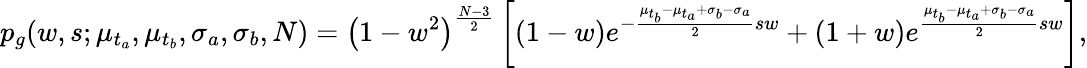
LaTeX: p_{g}(w,s;\mu_{t_{a}},\mu_{t_{b}},\sigma_{a},\sigma_{b},N)=\left(1-w^{2}\right)^{\frac{N-3}{2}}\left[\left(1-w\right)e^{-\frac{\mu_{t_{b}}-\mu_{t_{a}}+\sigma_{b}-\sigma_{a}}{2}sw}+\left(1+w\right)e^{\frac{\mu_{t_{b}}-\mu_{t_{a}}+\sigma_{b}-\sigma_{a}}{2}sw}\right],